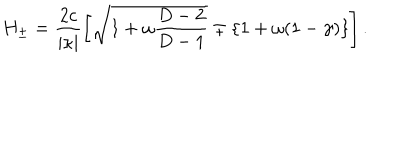
H _ { \pm } = \frac { 2 c } { \mid \kappa \mid } \left[ \sqrt { 1 + \omega \frac { D - 2 } { D - 1 } } \mp \{ 1 + \omega ( 1 - \gamma ) \} \right] .